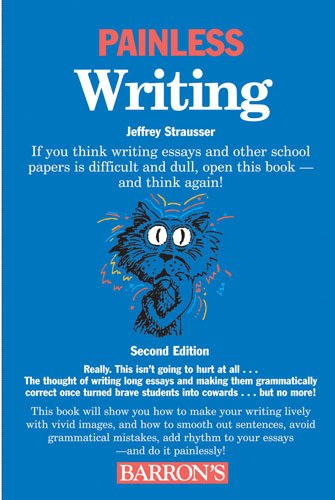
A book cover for Painless Writing (Painless Series); Jeffrey Strausser; Reference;